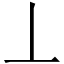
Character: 丄